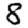
Digit: 8